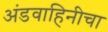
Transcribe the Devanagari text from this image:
अंडवाहिनीचा